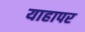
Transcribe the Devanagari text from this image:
याहापर